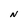
Character: N